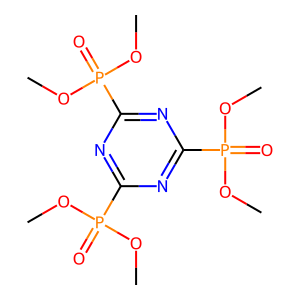
SMILES: COP(=O)(OC)c1nc(P(=O)(OC)OC)nc(P(=O)(OC)OC)n1
Inhibits HIV replication: No